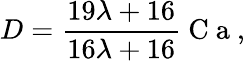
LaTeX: D=\frac{19\lambda+16}{16\lambda+16}\mathrm{~C~a~},